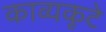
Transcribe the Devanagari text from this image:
काव्यकूटे